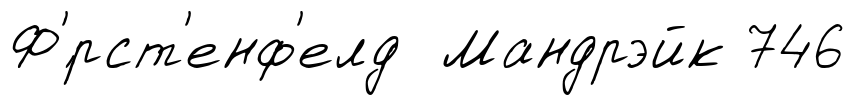
Ф'́рст'енф'елд Мандрэйк 746